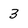
Character: 3